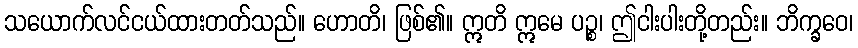
သယောက်လင်ငယ်ထားတတ်သည်။ ဟောတိ၊ ဖြစ်၏။ ဣတိ ဣမေ ပဉ္စ၊ ဤငါးပါးတို့တည်း။ ဘိက္ခဝေ၊